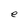
Character: e